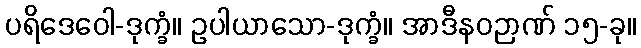
ပရိဒေဝေါ-ဒုက္ခံ။ ဥပါယာသော-ဒုက္ခံ။ အာဒီနဝဉာဏ် ၁၅-ခု။